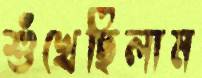
শুঁখেছিলাম